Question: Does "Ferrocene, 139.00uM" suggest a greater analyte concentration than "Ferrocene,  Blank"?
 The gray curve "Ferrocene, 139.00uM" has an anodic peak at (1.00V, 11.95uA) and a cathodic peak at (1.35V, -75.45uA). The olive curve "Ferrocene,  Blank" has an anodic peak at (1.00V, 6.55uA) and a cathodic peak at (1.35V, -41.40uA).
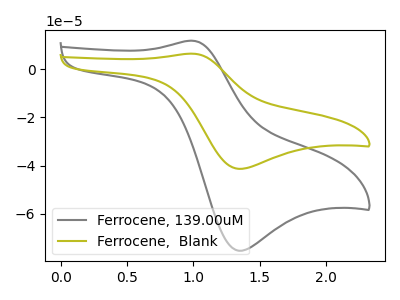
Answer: <think>All the peaks in "Ferrocene, 139.00uM" have a peak in "Ferrocene,  Blank" at the same potential. Every peak in "Ferrocene, 139.00uM" is higher than every peak in "Ferrocene,  Blank".
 </think>
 <answer>"Ferrocene, 139.00uM" has more signal than "Ferrocene,  Blank".</answer>
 <eval>more_signal</eval>